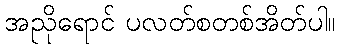
အညိုရောင် ပလတ်စတစ်အိတ်ပါ။